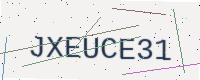
Text: JXEUCE31